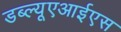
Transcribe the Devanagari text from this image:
डब्ल्यूएआईएस